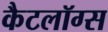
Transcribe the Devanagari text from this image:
कैटलॉग्स